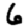
Digit: 6